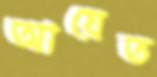
আয়েত